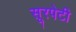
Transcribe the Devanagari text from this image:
सूरपेटी